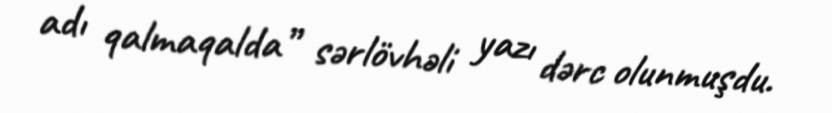
adı qalmaqalda” sərlövhəli yazı dərc olunmuşdu.